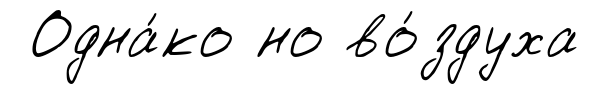
Одна́ко но во́здуха